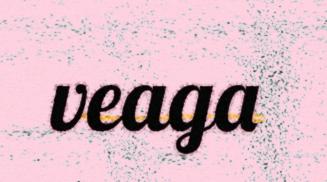
veaga